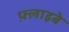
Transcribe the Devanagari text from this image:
फ़्लाइबे